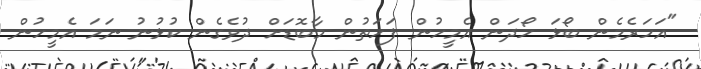
"އަހަރެމެން ބޯޅަ ހޯދަން އެމީހުން ފަހަތުން މާބޮޑަށް ދުވެގެން ކުޅުނު ނަމަ އެމީހުން